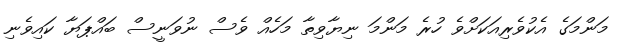
މަންމަގެ އެކުވެރިއަކަށްވެ ހުރެ މަންމަ ނިޔާވިތާ މަހެއް ވެސް ނުވަނީސް ބައްޕަޔާ ކައިވެނި